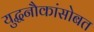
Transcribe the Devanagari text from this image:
युद्धनौकांसोबत